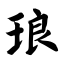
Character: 琅